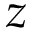
z